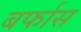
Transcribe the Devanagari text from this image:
बर्फास